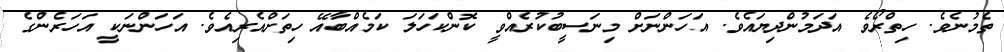
ތެމުނެވެ. ހިތްރޯވެ އަދަމުންދިޔައެވެ. އަހަންނަށް މިނަސީބުކުރެއްވީ ކޮންކަހަލަ ކަމެއްބާއޭ ހިތަށްއެރިއެވެ. އަހަންނަކީ އަހަރެންގެ